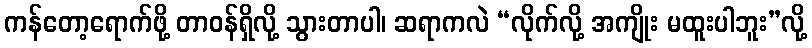
ကန်တော့ရောက်ဖို့ တာဝန်ရှိလို့ သွားတာပါ၊ ဆရာကလဲ “လိုက်လို့ အကျိုး မထူးပါဘူး”လို့